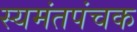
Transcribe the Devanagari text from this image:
स्यमंतपंचक